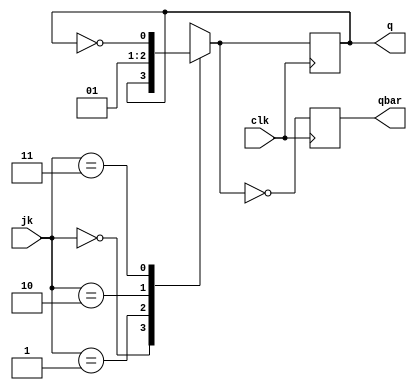
module jkffbeh(jk,clk,q,qbar);
    input [1:0] jk;
    input clk;
    output q,qbar;
    reg q,qbar;

    always@(negedge clk)
    begin
    case(jk)
        2'b00:
            q= q;

        2'b01:
            q= 0;

        2'b10:
            q=1;

        2'b11:
            q= ~q;
    endcase

    qbar = ~q;
    
    end 
endmodule